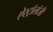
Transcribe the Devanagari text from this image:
ऐस्ट्रॉलॉजी